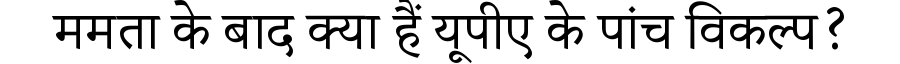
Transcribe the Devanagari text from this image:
ममता के बाद क्या हैं यूपीए के पांच विकल्प?